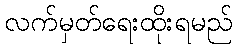
လက်မှတ်ရေးထိုးရမည်